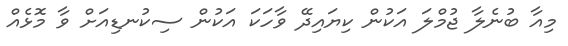
މިއާ ބުނެލާ ޖުމްލަ އަކުން ކިޔައިދޭ ވާހަކަ އަކުން ސިކުނޑިއަށް ވާ މޮޅެއް